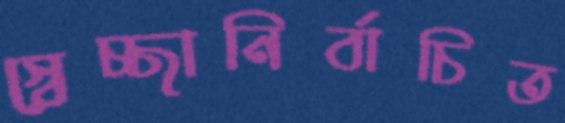
স্বেচ্ছানির্বাচিত